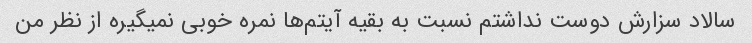
سالاد سزارش دوست نداشتم نسبت به بقیه آیتم‌ها نمره خوبی نمیگیره از نظر من